TRU_Ajalooring, lk 53
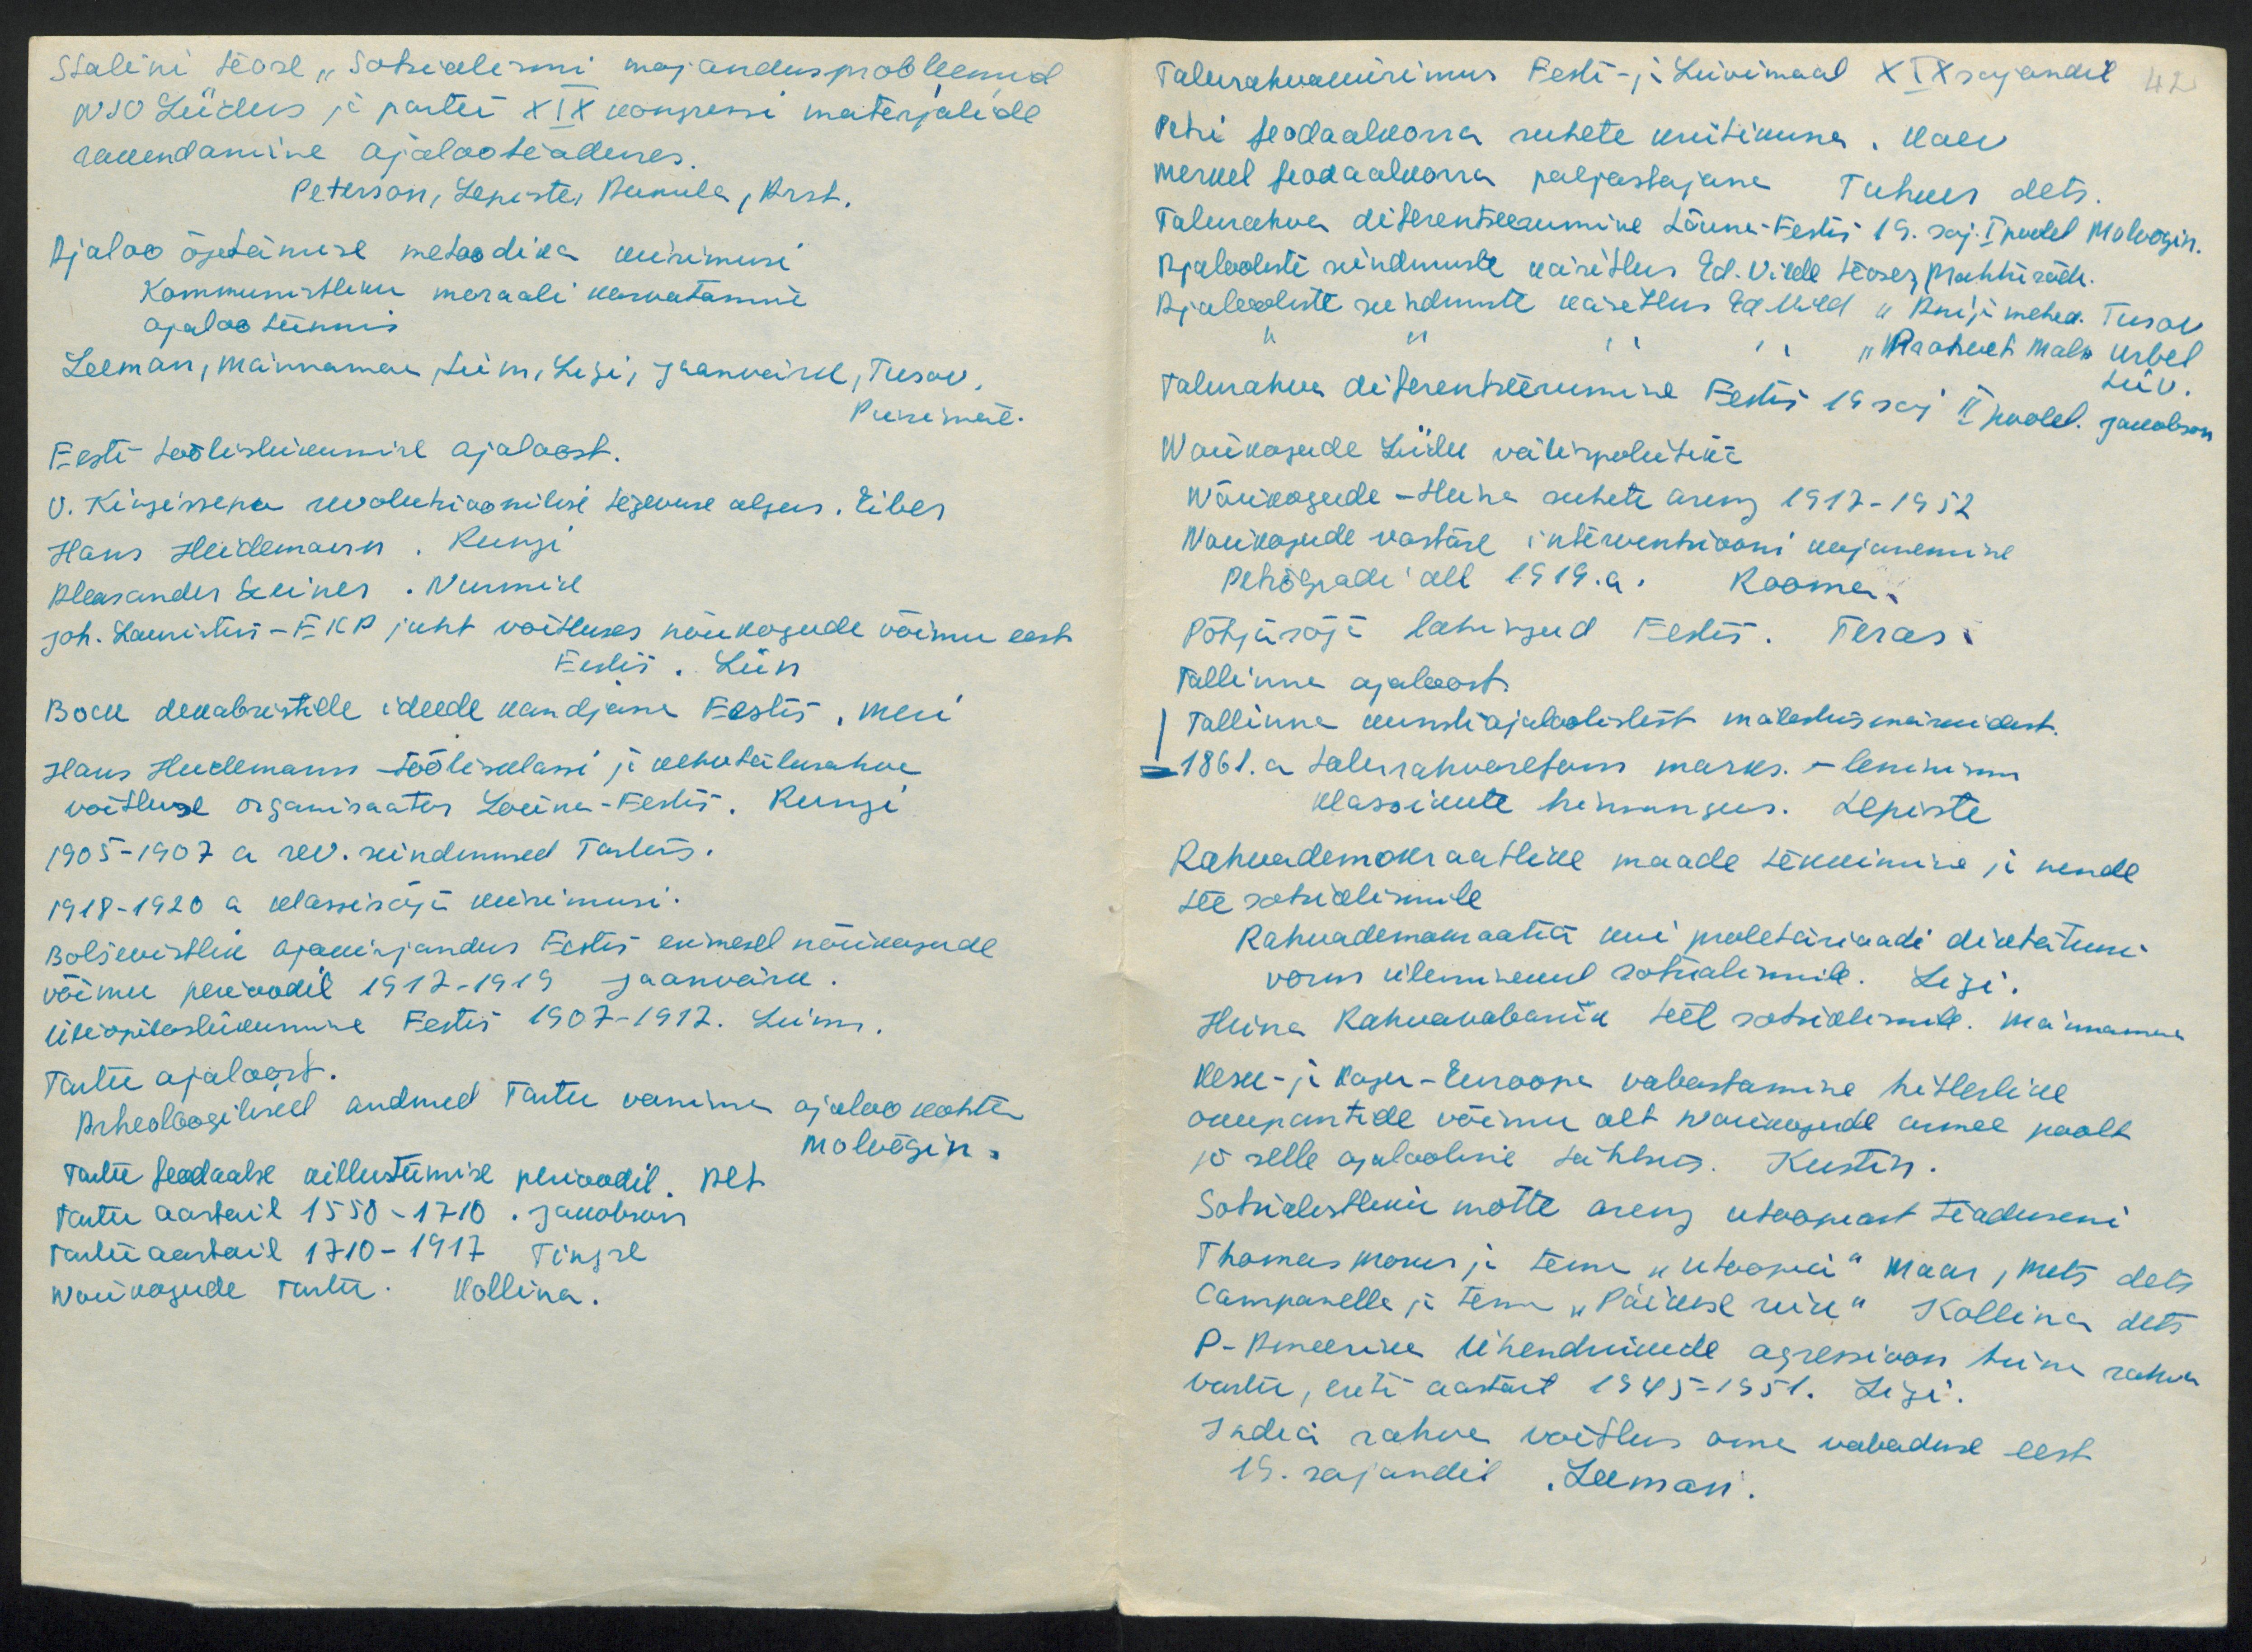
Stalini teose "Sotsialismi majandusprobleemid
NSV Liidus ja partei XIX kongressi materjalide
rakendamine ajalooteaduses.
Peterson, Lepiste, Punula, Arst.
Ajaloo õpetamise metoodika uurimisi
Kommunistliku moraali kasvatamine
ajaloo tunnis
Leeman, Männamaa, Liim, Ligi, Jaanveirel, Teesov,
Punemäe.
Eesti-töölisliikumise ajalaost.
V. Kingissepa revolutsioonilise tegevuse algus. Eiber
Hans Heidemann. Rungi
Aleksander Leiner. Nurmid
Joh. Laenitus - EKP juht võitluses nõukogude võimu eest
Eestis. Liin
Bocu dekabristde ideede kandjana Eestis, Meri
Hans Heedemann töölisklassi ja kehvtalurahva
võitluse organisaator Lõuna-Eestis. Rungi
1905-1907 a rev. sündmused Tartus.
1918-1920 a klassisõja küsimusi.
Bolševistlik ajakirjandus Eestis esimesel nõukogude
võimu perioodil 1912-1919 jaanvärk.
üliõpilasliikumine Eestis 1907-1912. Liim.
Tartu ajaloost.
Arheoloogilised andmed Tartu vanima ajaloo kohta
Molvõgin.
Tartu feodaalse killustumise perioodil. Pet
Tartu aastail 1550-1710. Jakobson
Tartu aastail 1710-1917 Tingre
Nõukogude Tartu. Hollina.

Talurahvaküsimus Eesti- ja Liivimaal XIX sajandil
42
Pehi feodaalkorra suhete kriitikuna. Kaev
Mervel feodaalkorra paljastajana. Tuhues dets.
Talurahva diferentseerumine Lõuna-Eestis 19. saj. I poolel Moloogin.
Ajalooliste sündmuste käsitlus Ed. Vilde teoses Mahtra sõda.
Ajalooliste sündmuste käsitlus Ed. Vild "Anija mehed. Tusov
" " " "  " " "Prohvet Mals" Malu Urbel
Liiv.
Talurahva diferentseerumine Eesti 19 saj II poolel. Jakobson
Nõukogude Liidu Välispoliitika
Nõukogude - Hiina suhete areng 1917-1952
Nõukogude vastase interventsiooni kujunemine
Pehõlpadi all 1919.a. Rooma.
Põhjasõja lahingud Eestis. Teras.
Tallinna ajaloost.
Tallinna kunstiajaloolistest mälestusmärkidest.
1861. a talurahvareform marks. - leninismis
klassikute hinnangus. Lepiste
Rahvademokraatlike maade tekkimine ja nende
tee sotsialismile
Rahvademokraatia kui proletariaadi diktatuuri
vorm üleminekul sotsialismile. Ligi
Hiina rahvavabariik teel sotsialismile. Männamaa
Kesk- ja Kagu- Euroopa vabastamine Hitlerlike
okupantide võimu alt nõukogude armee poolt
ja selle ajalooline tähtsus. Kustin.
Sotsialistliku mõtte areng utoopiast teaduseni
Thomas Morus ja tema "utoopia" Maar, Mets dets
Campanelle ja tema "Päikese riik" Kollina dets
P-Ameerika Ühendriikide agressioon hiina rahva
vastu, eriti aastast 1945-1951. Ligi.
India rahva võitlus oma vabaduse eest
15. sajandil. Leeman.